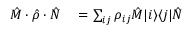
\begin{array} { r l } { \quad \hat { M } \cdot \hat { \rho } \cdot \hat { N } } & { { } = \sum _ { i j } \rho _ { i j } \hat { M } | i \rangle \langle j | \hat { N } } \end{array}